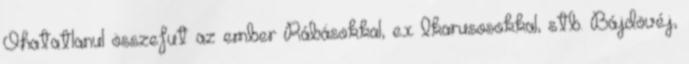
Óhatatlanul összefut az ember Rábásokkal, ex Ikarusosokkal, stb. Bájdövéj,